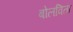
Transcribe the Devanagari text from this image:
बोलविता